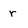
Character: r